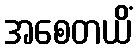
အစေတယိံ